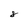
Character: 8